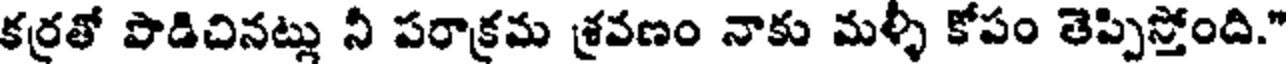
కర్రతో పొడిచినట్లు నీ పరాక్రమ శ్రవణం నాకు మళ్ళీ కోపం తెప్పిస్తోంది."